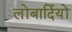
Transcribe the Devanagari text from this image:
लोंबार्दियों